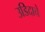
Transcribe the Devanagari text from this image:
उडिदाचे